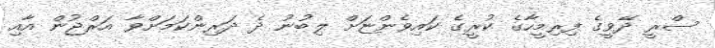
ސްރީ ދޭވީގެ ފިރިމީހާގެ ކުރީގެ ކައިވެންޏަށް ލިބުނު ދެ ދަރިންކަމަށްވާ އަރްޖުން އާއި